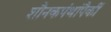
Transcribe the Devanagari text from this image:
शौनकपंथांपैकीं